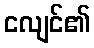
ငလျင်၏